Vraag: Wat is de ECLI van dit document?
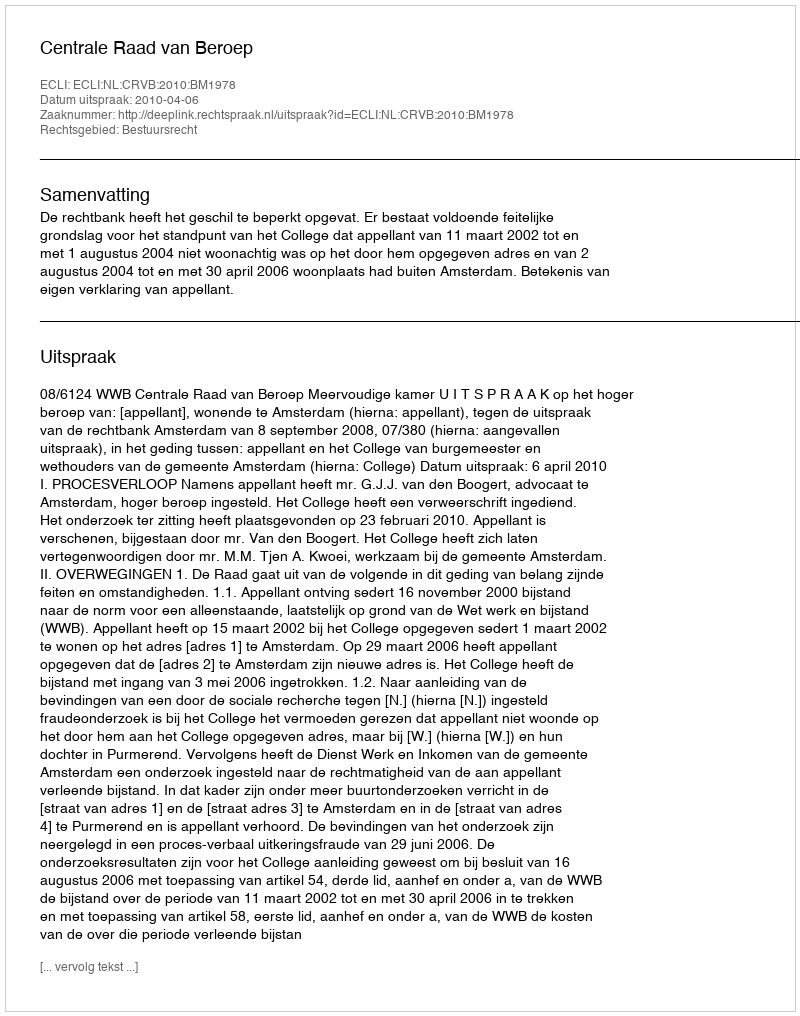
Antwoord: ECLI:NL:CRVB:2010:BM1978